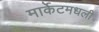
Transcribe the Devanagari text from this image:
मार्केटमधली